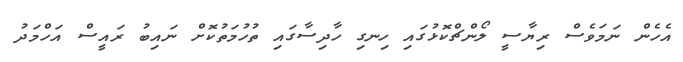
އެހެން ނަމަވެސް ރިޔާސީ ލޯންޗްކޮޅުގައި ހިނގި ހާދިސާގައި ތުހުމަތުކޮށް ނައިބު ރައީސް އަހްމަދު